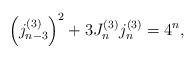
LaTeX: \begin{align*}\left( j_{n-3}^{(3)}\right) ^{2}+3J_{n}^{(3)}j_{n}^{(3)}=4^{n},\end{align*}